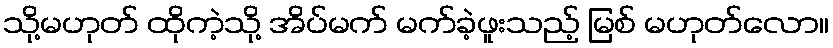
သို့မဟုတ် ထိုကဲ့သို့ အိပ်မက် မက်ခဲ့ဖူးသည့် မြစ် မဟုတ်လော။